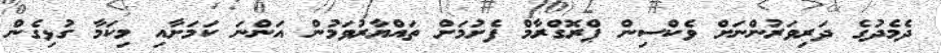
ދެމެދުގެ ދަރިވަރުންނަށް ވެކްސިން ޕްރޮގްރާމް ފެށުމަށް ތައްޔާރުވަމުން އަންނަ ކަމަށާއި މިކަމާ ގުޅިގެން